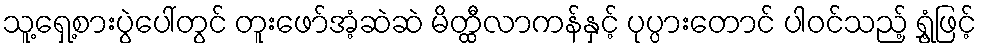
သူ့ရှေ့စားပွဲပေါ်တွင် တူးဖော်အံ့ဆဲဆဲ မိတ္ထီလာကန်နှင့် ပုပ္ပားတောင် ပါဝင်သည့် ရွှံ့ဖြင့်